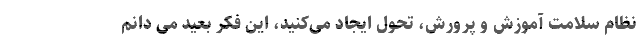
نظام سلامت آموزش و پرورش، تحول ایجاد می‌‌کنید، این فکر بعید می دانم